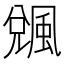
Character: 䬇